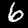
Digit: 6